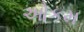
ઓકમ